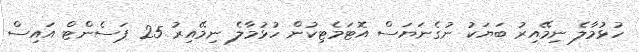
ހުޅުމާލެ ނިމޭއިރު ބަޔަކު ނުގެނަޔަސް އޮޓަމެޓިކުން ހުޅުމާލެ ނިމޭއިރު 25 ޕަސެންޓް އައިސް